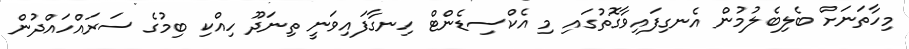
މިހާތަނަށް ބެލިބެލުމުން އެނގިފައިވާގޮތުގައި މި އެކްސިޑެންޓް ހިނގާފައިވަނީ ތިނަދޫ ހިއްކި ބިމުގެ ސަރައްހައްދުން